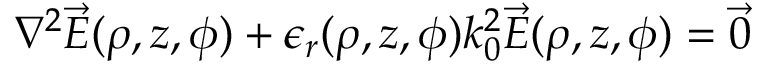
\nabla ^ { 2 } \vec { E } ( \rho , z , \phi ) + \epsilon _ { r } ( \rho , z , \phi ) k _ { 0 } ^ { 2 } \vec { E } ( \rho , z , \phi ) = { \vec { 0 } }